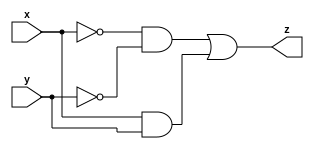
module top_module ( input x, input y, output z );
    assign z=((~x)&(~y))|(x&y); //

endmodule
// z=~(a^b);